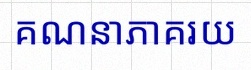
គណនាភាគរយ